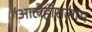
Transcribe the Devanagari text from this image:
आलैहीसलाम